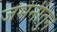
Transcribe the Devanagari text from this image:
जर्मनीतुन